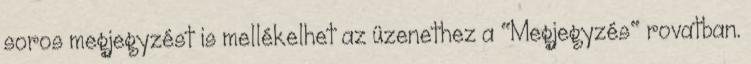
soros megjegyzést is mellékelhet az üzenethez a "Megjegyzés" rovatban.